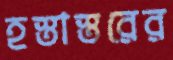
হস্তাস্তরের